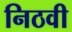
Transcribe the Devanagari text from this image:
निठवी